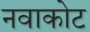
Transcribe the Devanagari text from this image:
नवाकोट